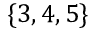
\{ 3 , 4 , 5 \}